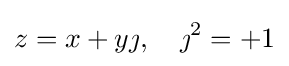
z=x+y\jmath ,\quad \jmath ^{2}=+1